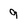
Character: 9